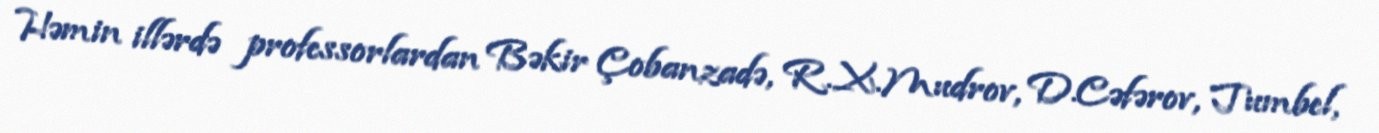
Həmin illərdə professorlardan Bəkir Çobanzadə, R.X.Mudrov, D.Cəfərov, Tumbel,